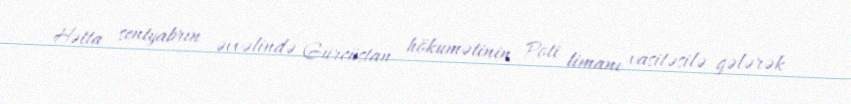
Hətta sentyabrın əvvəlində Gürcüstan hökumətinin Poti limanı vasitəsilə gələrək